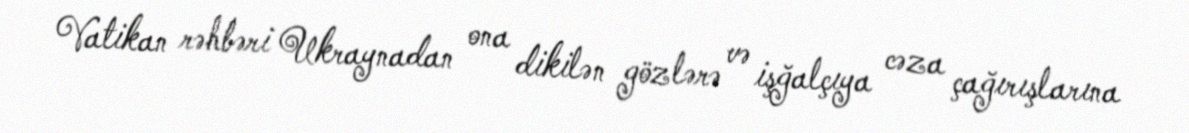
Vatikan rəhbəri Ukraynadan ona dikilən gözlərə və işğalçıya cəza çağırışlarına